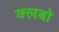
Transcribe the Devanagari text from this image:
क्लबो